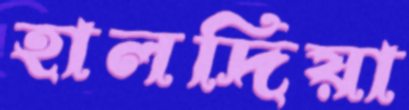
হালদিয়া